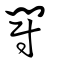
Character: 鬥